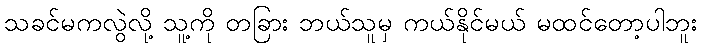
သခင်မကလွဲလို့ သူ့ကို တခြား ဘယ်သူမှ ကယ်နိုင်မယ် မထင်တော့ပါဘူး